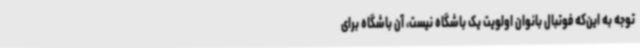
توجه به این‌که فوتبال بانوان اولویت یک باشگاه نیست، آن باشگاه برای